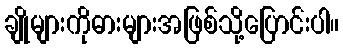
ချိုများကိုဓားများအဖြစ်သို့ပြောင်းပါ။